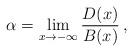
LaTeX: \begin{align*}\alpha=\lim_{x\to-\infty}\frac{D(x)}{B(x)}\,,\end{align*}